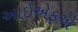
આઈએફએ